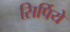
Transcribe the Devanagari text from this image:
सिर्पिये